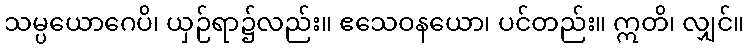
သမ္ပယောဂေပိ၊ ယှဉ်ရာ၌လည်း။ ဧသေဝနယော၊ ပင်တည်း။ ဣတိ၊ လျှင်။